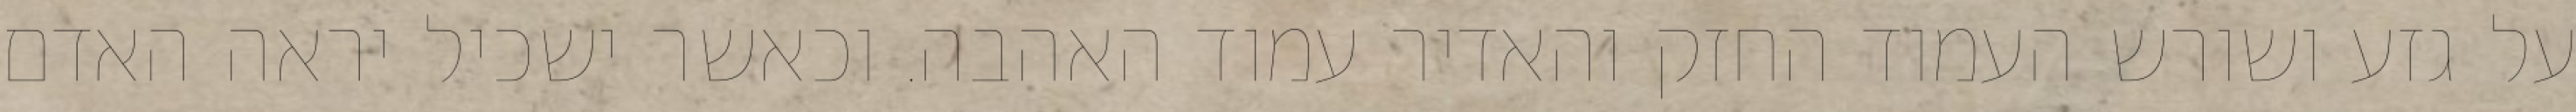
על גזע ושורש העמוד החזק והאדיר עמוד האהבה. וכאשר ישכיל יראה האדם